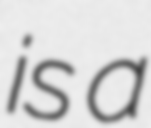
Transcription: is a